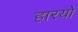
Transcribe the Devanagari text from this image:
हारयो